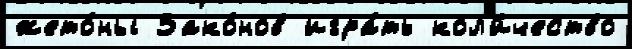
жето́ны Зако́нов игра́ть кол'и́чество